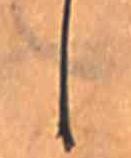
し